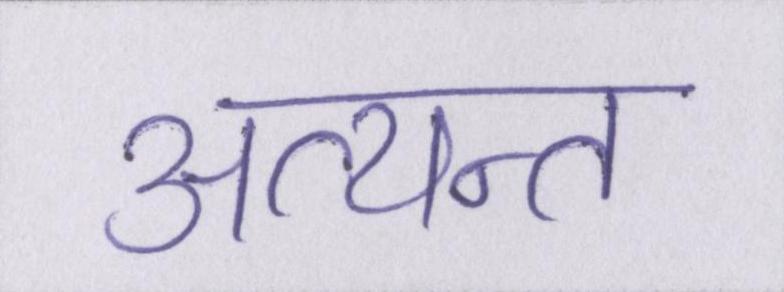
अत्यन्त